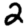
Digit: 2